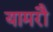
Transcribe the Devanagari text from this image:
यामरौ